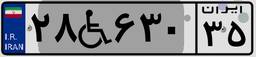
۲۸W۶۳۰۳۵